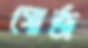
গোর্জ